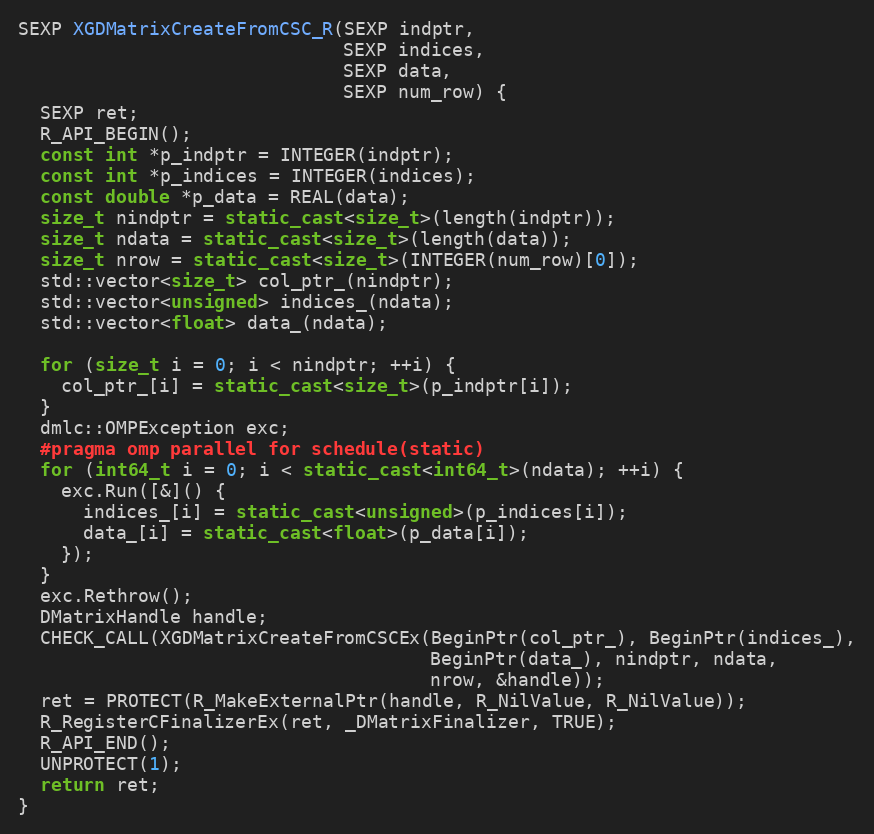
Language: C++
SEXP XGDMatrixCreateFromCSC_R(SEXP indptr,
                              SEXP indices,
                              SEXP data,
                              SEXP num_row) {
  SEXP ret;
  R_API_BEGIN();
  const int *p_indptr = INTEGER(indptr);
  const int *p_indices = INTEGER(indices);
  const double *p_data = REAL(data);
  size_t nindptr = static_cast<size_t>(length(indptr));
  size_t ndata = static_cast<size_t>(length(data));
  size_t nrow = static_cast<size_t>(INTEGER(num_row)[0]);
  std::vector<size_t> col_ptr_(nindptr);
  std::vector<unsigned> indices_(ndata);
  std::vector<float> data_(ndata);

  for (size_t i = 0; i < nindptr; ++i) {
    col_ptr_[i] = static_cast<size_t>(p_indptr[i]);
  }
  dmlc::OMPException exc;
  #pragma omp parallel for schedule(static)
  for (int64_t i = 0; i < static_cast<int64_t>(ndata); ++i) {
    exc.Run([&]() {
      indices_[i] = static_cast<unsigned>(p_indices[i]);
      data_[i] = static_cast<float>(p_data[i]);
    });
  }
  exc.Rethrow();
  DMatrixHandle handle;
  CHECK_CALL(XGDMatrixCreateFromCSCEx(BeginPtr(col_ptr_), BeginPtr(indices_),
                                      BeginPtr(data_), nindptr, ndata,
                                      nrow, &handle));
  ret = PROTECT(R_MakeExternalPtr(handle, R_NilValue, R_NilValue));
  R_RegisterCFinalizerEx(ret, _DMatrixFinalizer, TRUE);
  R_API_END();
  UNPROTECT(1);
  return ret;
}